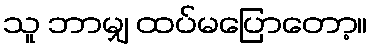
သူ ဘာမျှ ထပ်မပြောတော့။